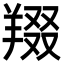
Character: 䍳